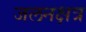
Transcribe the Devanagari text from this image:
जलनक्षत्र